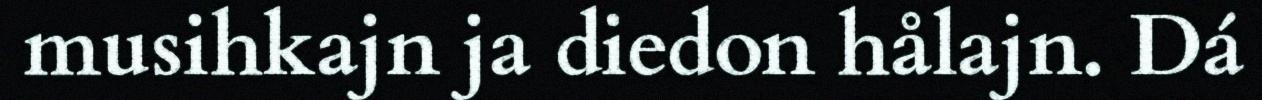
musihkajn ja diedon hålajn. Dá